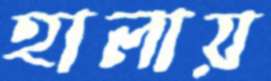
হালায়